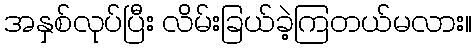
အနှစ်လုပ်ပြီး လိမ်းခြယ်ခဲ့ကြတယ်မလား။